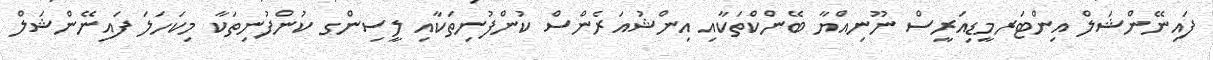
ފައިނޭންޝަލް އިންޓަރމީޑިއަރީސް ނޫނިއްޔާ ބޭންކްތަކާއި އިންޝުއަރެންސް ކުންފުނިތަކާއި ލީސިންގ ކުންފުނިތަކާ މިކަހަލަ ފައިނޭންޝަލް